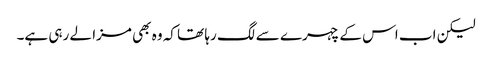
لیکن اب اس کے چہرے سے لگ رہا تھا کہ وہ بھی مزا لے رہی ہے۔